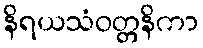
နိရယသံဝတ္တနိကာ